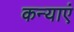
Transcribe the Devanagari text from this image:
कन्‍याएं